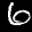
Digit: 6